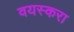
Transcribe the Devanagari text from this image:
वयस्करा